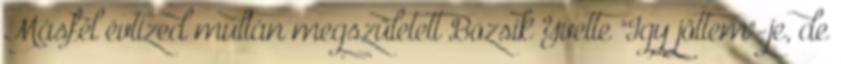
Másfél évtized múltán megszületett Bozsik Yvette "Igy jöttem"-je, de